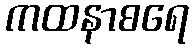
ကထနာစရေ